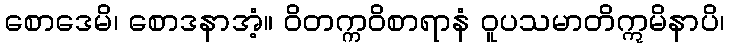
စောဒေမိ၊ စောဒနာအံ့။ ဝိတက္ကဝိစာရာနံ ဝူပသမာတိဣမိနာပိ၊